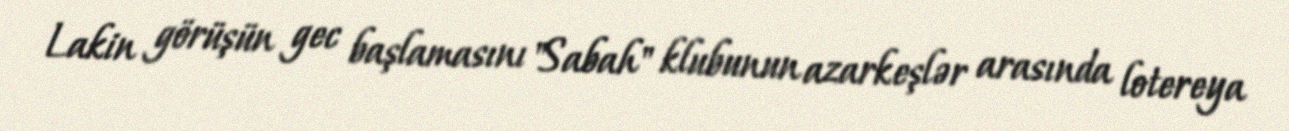
Lakin görüşün gec başlamasını "Sabah" klubunun azarkeşlər arasında lotereya